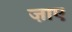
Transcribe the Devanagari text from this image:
ज़ाए